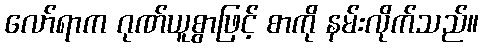
လော်ရာက ဂုဏ်ယူစွာဖြင့် စာကို နမ်းလိုက်သည်။